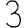
Digit: 3